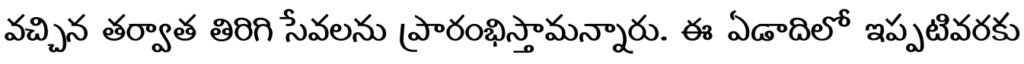
వచ్చిన తర్వాత తిరిగి సేవలను ప్రారంభిస్తామన్నారు. ఈ ఏడాదిలో ఇప్పటివరకు